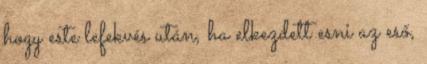
hogy este lefekvés után, ha elkezdett esni az eső,